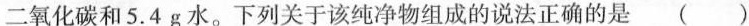
二氧化碳和5.4g水。下列关于该纯净物组成的说法正确的是( )